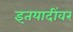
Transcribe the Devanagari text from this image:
इतयादींवर